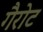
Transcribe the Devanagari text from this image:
गैरोट